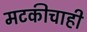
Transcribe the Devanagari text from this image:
मटकीचाही